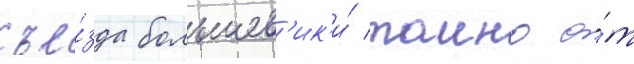
съе́зда большев'ик'и́ таино о́т